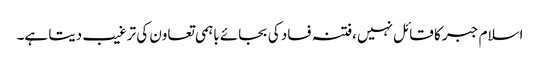
اسلام جبر کا قائل نہیں،فتنہ فساد کی بجائے باہمی تعاون کی ترغیب دیتا ہے۔